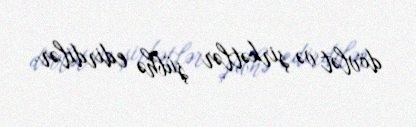
dövlət və şirkətlər şübhə edirdilər.